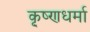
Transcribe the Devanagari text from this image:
कृ्ष्णधर्मा